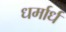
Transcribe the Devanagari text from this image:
धर्मार्ध